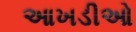
આખડીઓ